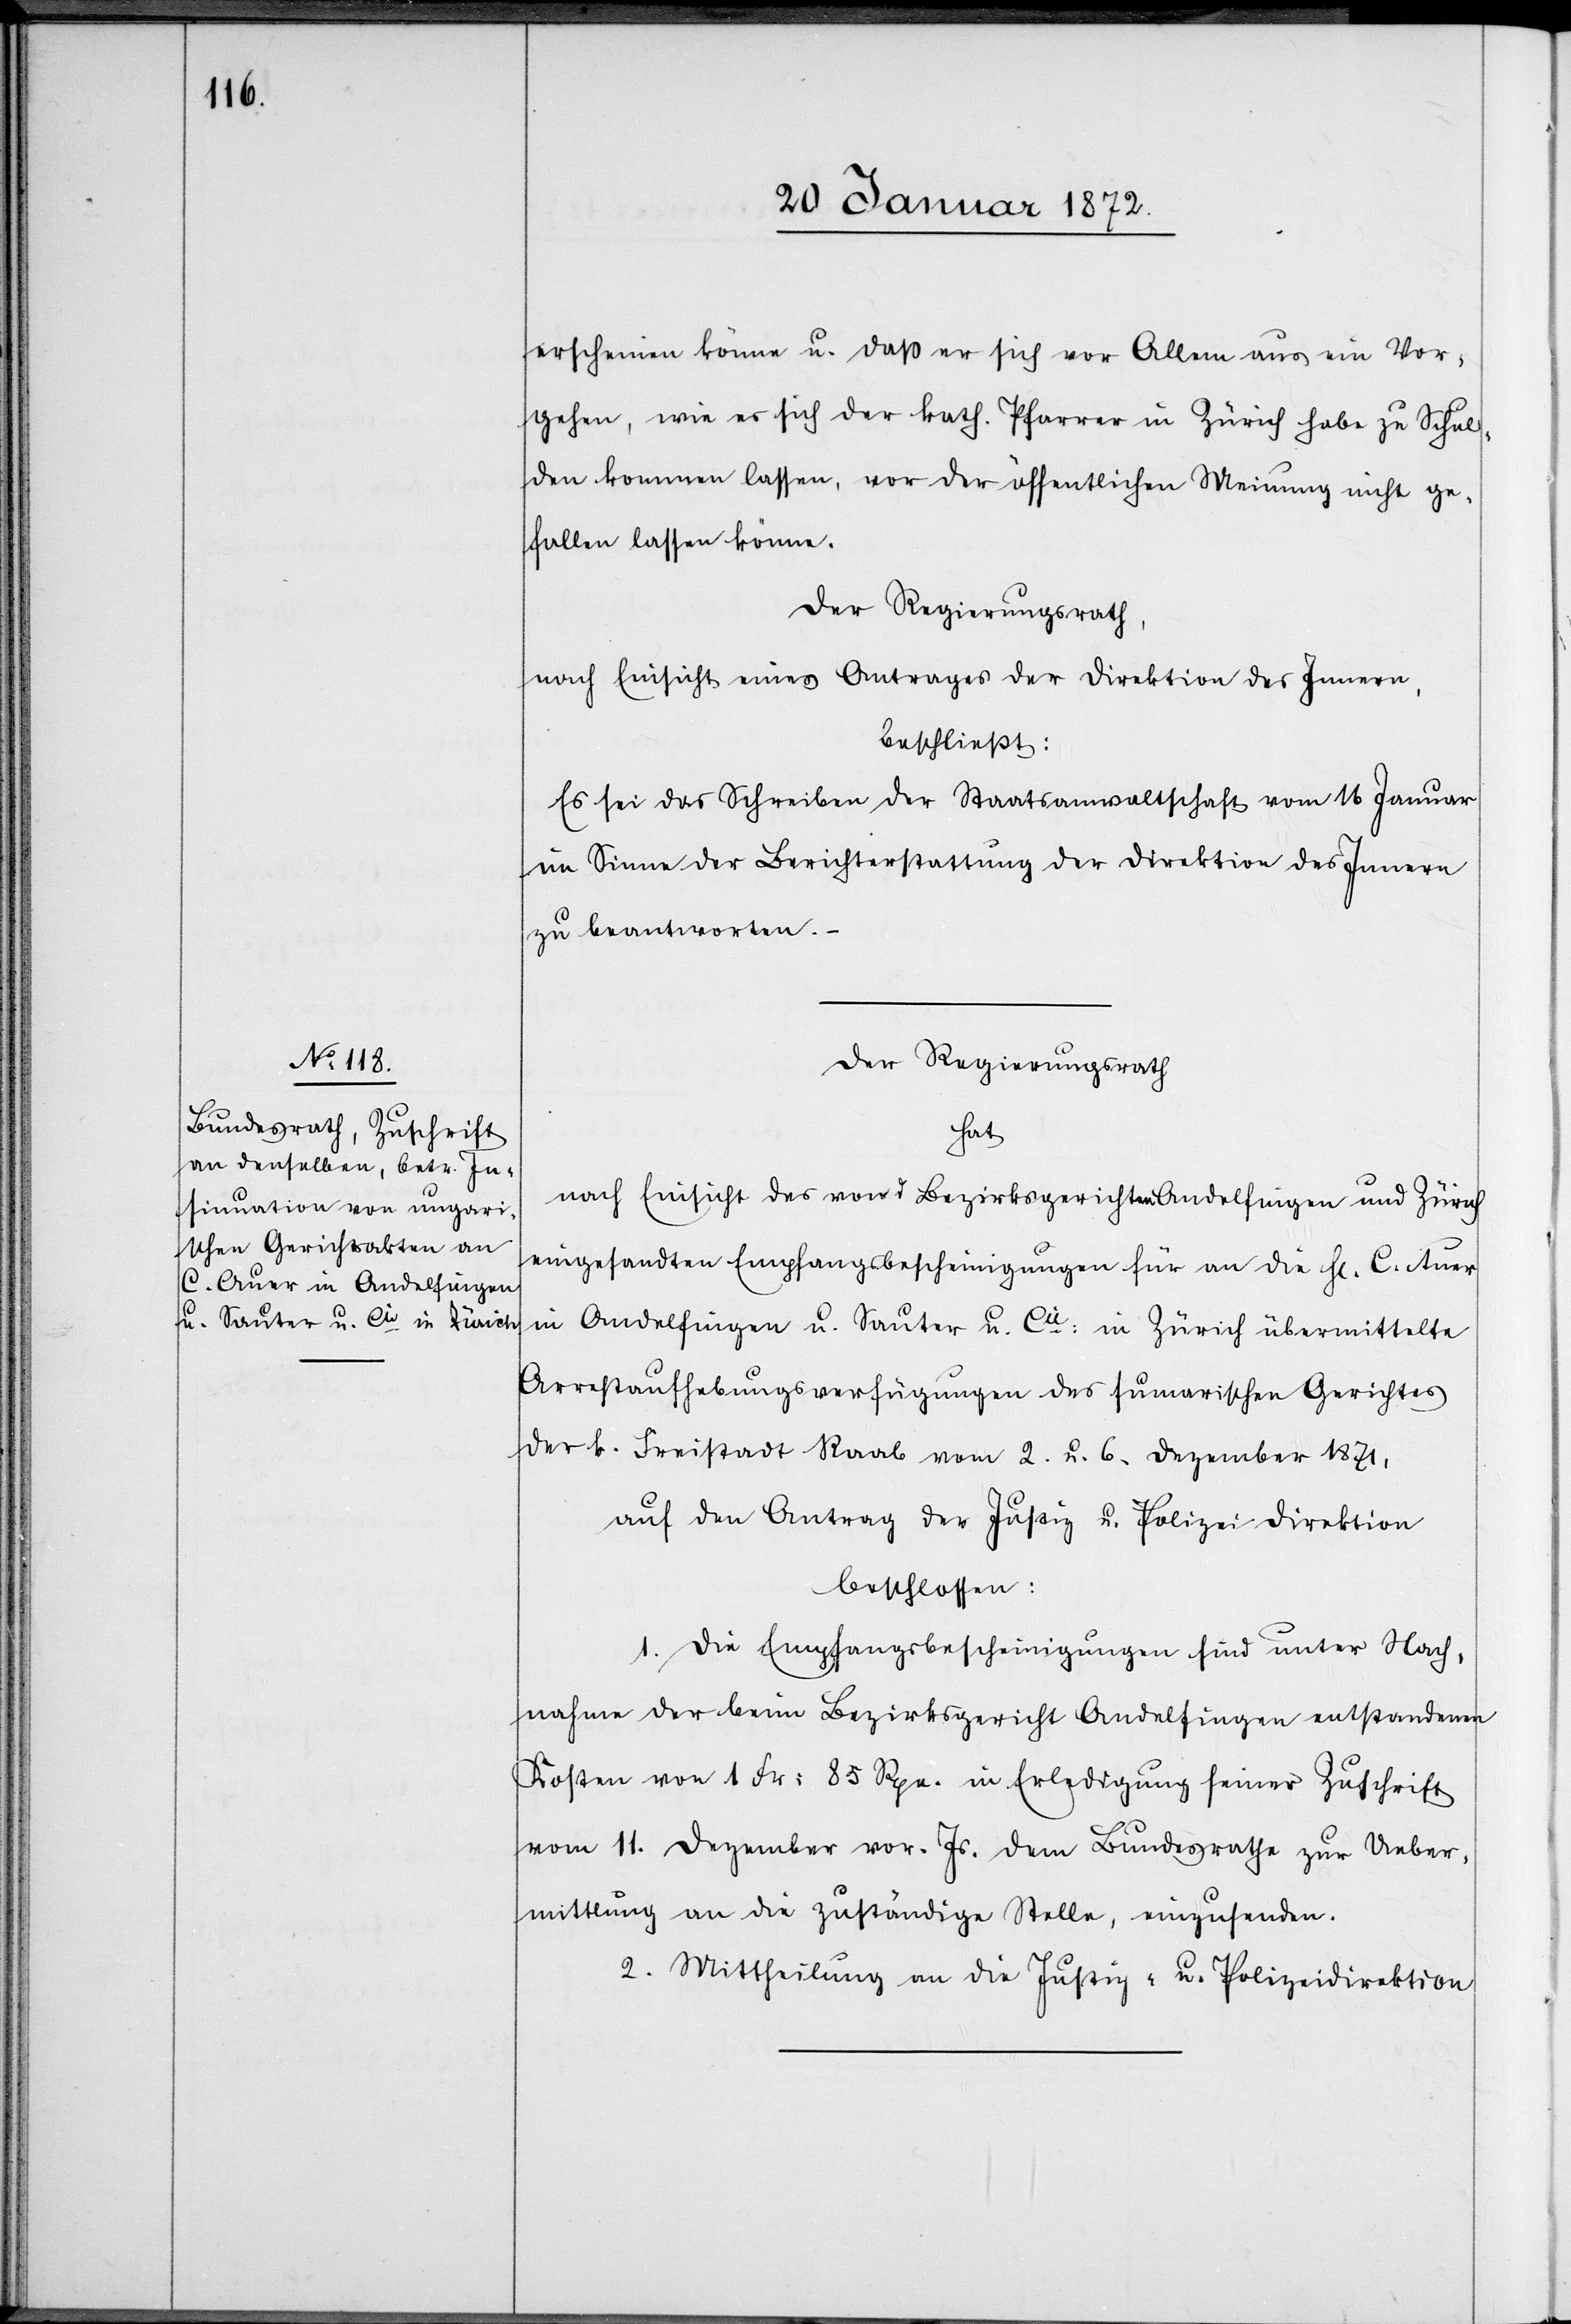
erscheinen könne u. daß er sich vor Allem aus ein Vor¬
gehen, wie es sich der kath. Pfarrer in Zürich habe zu Schul¬
den kommen lassen, vor der öffentlichen Meinung nicht ge¬
fallen lassen könne.
Der Regierungsrath,
nach Einsicht eines Antrages der Direktion des Innern,
beschließt:
Es sei das Schreiben der Staatsanwaltschaft vom 16. Januar
im Sinne der Berichterstattung der Direktion des Innern
zu beantworten.
Der Regierungsrath
hat
nach Einsicht des von d Bezirksgerichten Andelfingen und Zürich
eingesandten Empfangsbescheinigungen für an die H[erren] C. Auer
in Andelfingen u. Sauter u. Cie: in Zürich übermittelte
Arrestaufhebungsverfügungen des sumarischen Gerichtes
der k. Freistadt Raab vom 2. u 6. Dezember 1871,
auf den Antrag der Justiz u Polizei Direktion
beschlossen:
1. Die Empfangsbescheinigungen sind unter Nach¬
nahme der beim Bezirksgericht Andelfingen entstandenen
Kosten von 1. Fr: 85 Rpn. in Erledigung seiner Zuschrift
vom 11. Dezember vor. Js. dem Bundesrathe zur Ueber¬
mittlung an die zuständige Stelle, einzusenden.
2. Mittheilung an die Justiz- u. Polizeidirektion.